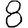
Digit: 8